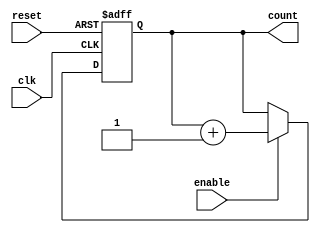
module async_reset_sync_counter #(
    parameter N = 4  // Number of bits for the counter
)(
    input wire clk,       // Clock signal
    input wire reset,     // Asynchronous reset signal
    input wire enable,    // Enable signal for counting
    output reg [N-1:0] count = 0  // Counter output
);

    // Asynchronous reset and synchronous counting logic
    always @(posedge clk or posedge reset) begin
        if (reset) begin
            count <= 0;  // Reset the counter to 0
        end else if (enable) begin
            count <= count + 1;  // Increment the counter
        end
    end

endmodule